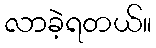
လာခဲ့ရတယ်။